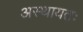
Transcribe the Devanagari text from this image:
अस्थायतः